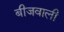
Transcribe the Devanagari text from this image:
बीजवाली